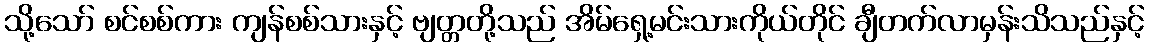
သို့သော် စင်စစ်ကား ကျန်စစ်သားနှင့် ဗျတ္တတို့သည် အိမ်ရှေ့မင်းသားကိုယ်တိုင် ချီတက်လာမှန်းသိသည်နှင့်